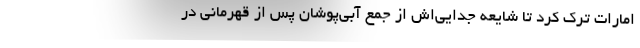
امارات ترک کرد تا شایعه جدایی‌اش از جمع آبی‌پوشان پس از قهرمانی در